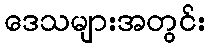
ဒေသများအတွင်း